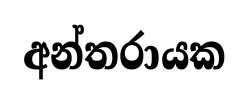
අන්තරායක